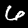
Digit: 6